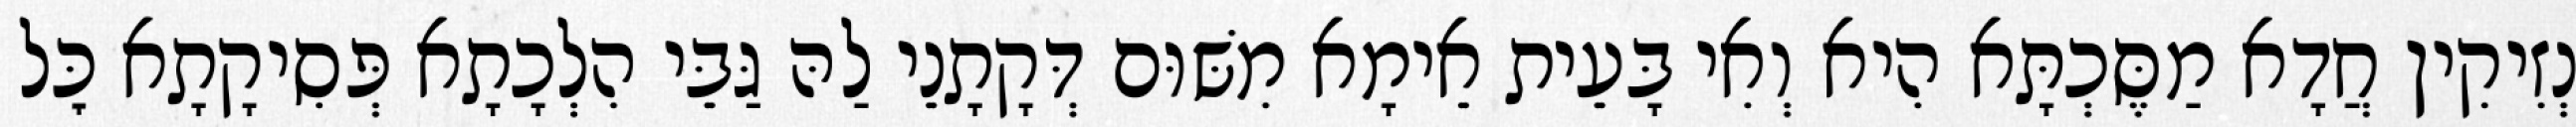
נְזִיקִין חֲדָא מַסֶּכְתָּא הִיא וְאִי בָּעֵית אֵימָא מִשּׁוּם דְּקָתָנֵי לַהּ גַּבֵּי הִלְכָתָא פְּסִיקָתָא כׇּל